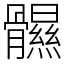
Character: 䯥